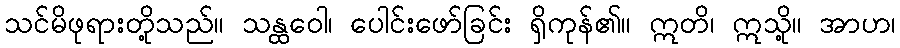
သင်မိဖုရားတို့သည်။ သန္ထဝေါ၊ ပေါင်းဖော်ခြင်း ရှိကုန်၏။ ဣတိ၊ ဣသို့။ အာဟ၊